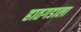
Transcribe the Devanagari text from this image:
हातगडाला